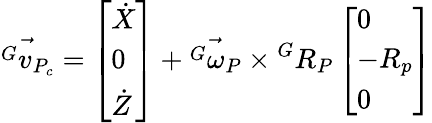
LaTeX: \vec{{^G}v_{P_{c}}}=\left[\begin{array}{l}{\dot{X}}\\ {0}\\ {\dot{Z}}\end{array}\right]+\vec{{^G}\omega_{P}}\times{^G}R_{P}\left[\begin{array}{l}{0}\\ {-R_{p}}\\ {0}\end{array}\right]